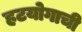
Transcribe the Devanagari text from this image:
हटयोगाची